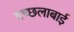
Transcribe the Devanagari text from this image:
वच्छलाबाई